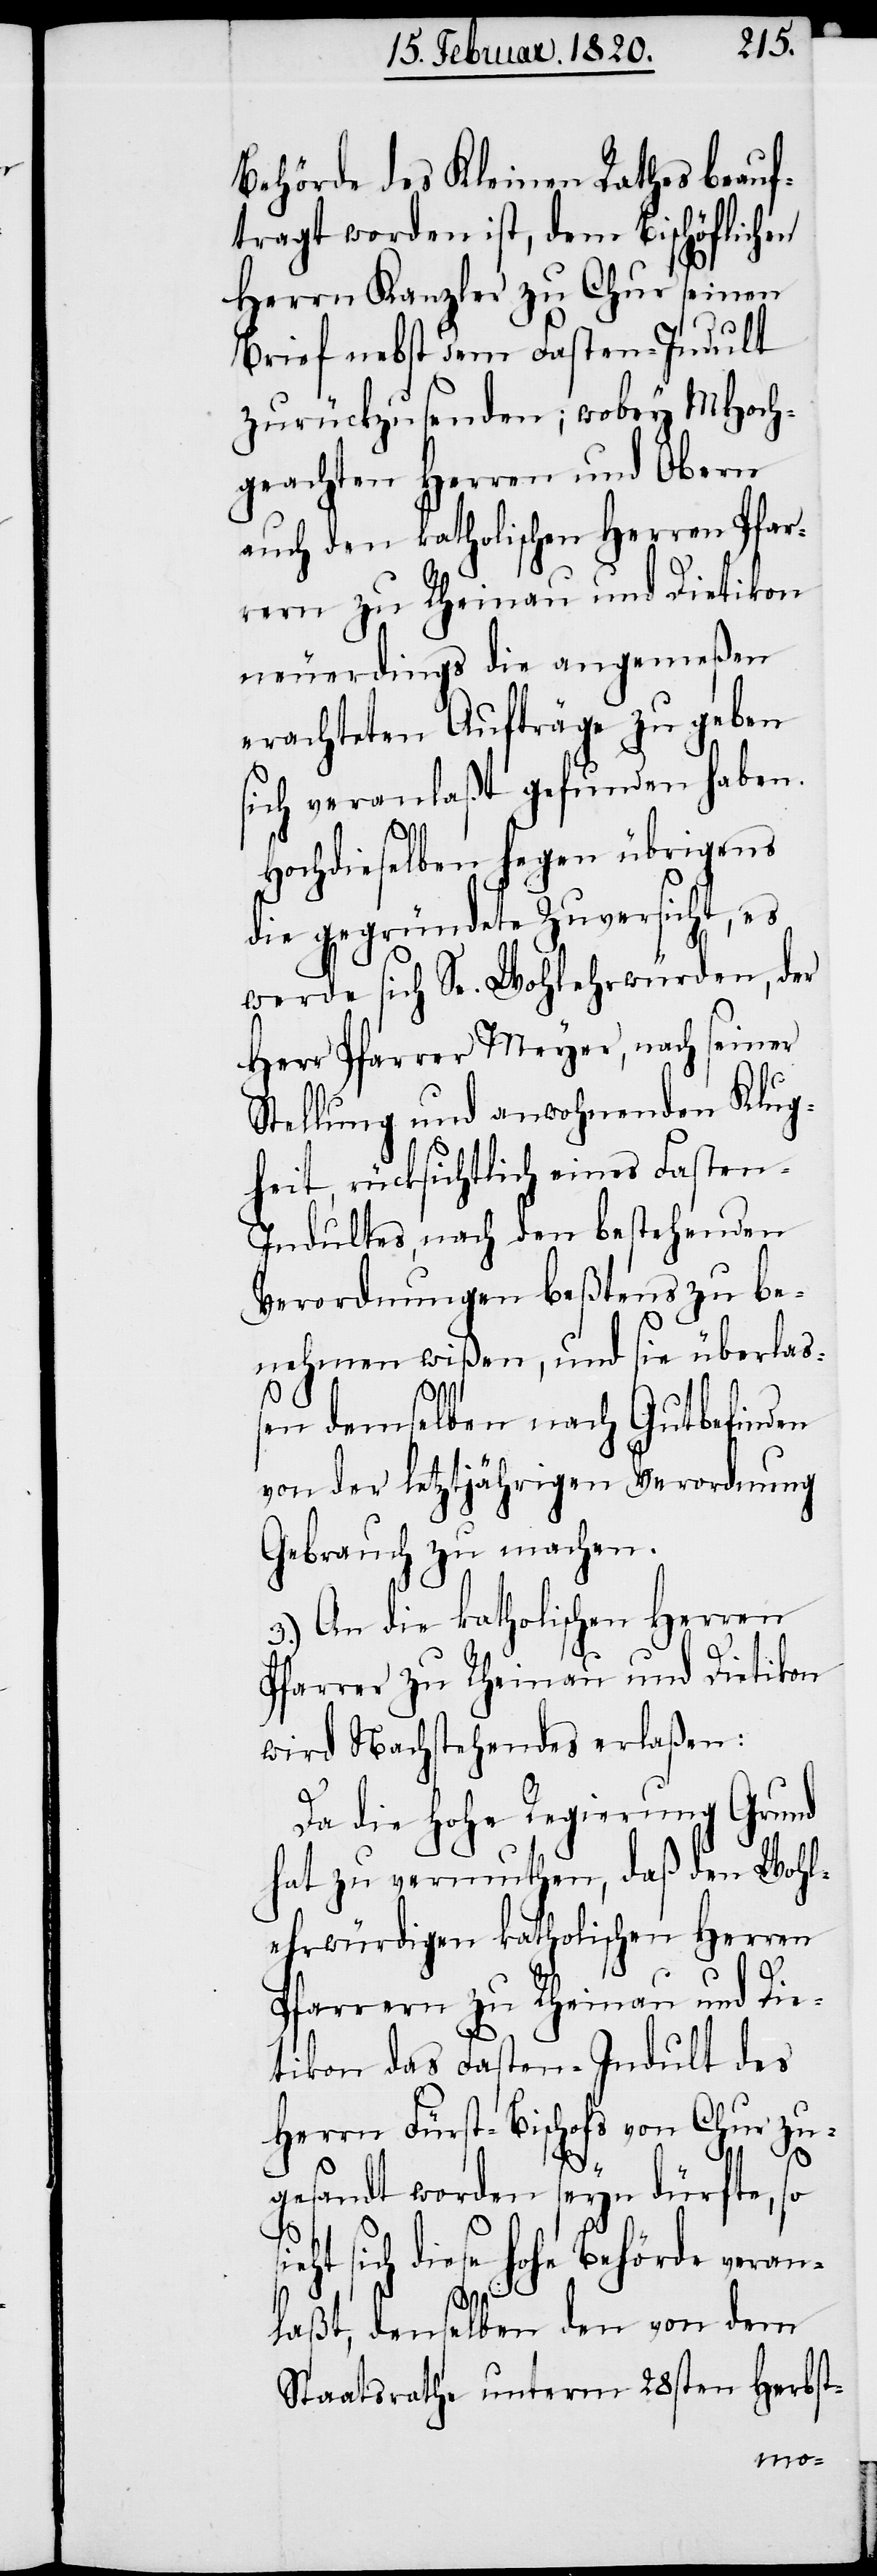
Behörde des Kleinen Rathes beauf¬
tragt worden ist, dem Bischöflichen
Herrn Kanzler zu Chur seinen
Brief nebst dem Fasten-Indult
zurückzusenden; wobey MHoch¬
geachten Herren und Obern
auch den katholischen Herren Pfar¬
rern zu Rheinau und Dietikon
neuerdings die angemeßen
erachteten Aufträge zu geben
sich veranlaßt gefunden haben.
Hochdieselben hegen übrigens
die gegründete Zuversicht, es
werde sich Se. Wohlehrwürden, der
Herr Pfarrer Meyer, nach seiner
Stellung und anwohnenden Klug¬
heit, rücksichtlich eines Fasten-I¬
ndultes, nach den bestehenden
Verordnungen beßtens zu be¬
nehmen wißen, und sie überlaß¬
en demselben nach Gutbefinden
von der letztjährigen Verordnung
Gebrauch zu machen.
3.) An die katholischen Herren
Pfarrer zu Rheinau und Dietikon
wird Nachstehendes erlaßen:
Da die Hohe Regierung Grund
hat zu vermuthen, daß den Wohl¬
ehrwürdigen katholischen Herren
Pfarrern zu Rheinau und Die¬
tikon das Fasten-Indult des
Herrn Fürst-Bischofs von Chur zu¬
gesandt worden seyn dürfte, so
eht sich diese hohe Behörde veran¬
laßt, denselben den von dem
Staatsrathe unterm 28sten Herbst-
si¬